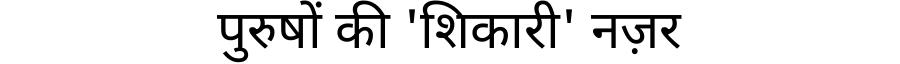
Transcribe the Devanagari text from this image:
पुरुषों की 'शिकारी' नज़र